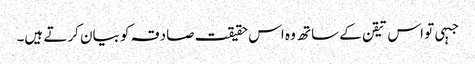
جبہی تو اس تیقن کے ساتھ وہ اس حقیقت صادقہ کو بیان کرتے ہیں۔